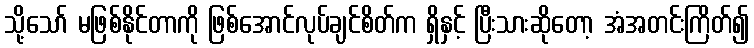
သို့သော် မဖြစ်နိုင်တာကို ဖြစ်အောင်လုပ်ချင်စိတ်က ရှိနှင့် ပြီးသားဆိုတော့ အံအတင်းကြိတ်၍